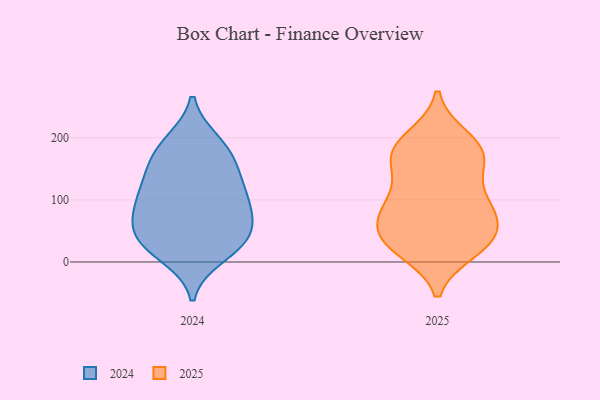
{"axis": {"x": "Operating Costs (USD K)", "y": "Value"}, "legend": ["2024", "2025"], "data": [{"x": "", "y": 76, "type": "2025"}, {"x": "", "y": 82, "type": "2025"}, {"x": "", "y": 158, "type": "2025"}, {"x": "", "y": 53, "type": "2025"}, {"x": "", "y": 182, "type": "2025"}, {"x": "", "y": 93, "type": "2025"}, {"x": "", "y": 38, "type": "2025"}, {"x": "", "y": 23, "type": "2025"}, {"x": "", "y": 102, "type": "2025"}, {"x": "", "y": 200, "type": "2025"}, {"x": "", "y": 19, "type": "2025"}, {"x": "", "y": 192, "type": "2025"}, {"x": "", "y": 32, "type": "2025"}, {"x": "", "y": 172, "type": "2025"}, {"x": "", "y": 151, "type": "2025"}, {"x": "", "y": 62, "type": "2025"}, {"x": "", "y": 102, "type": "2025"}, {"x": "", "y": 28, "type": "2025"}, {"x": "", "y": 172, "type": "2025"}, {"x": "", "y": 23, "type": "2024"}, {"x": "", "y": 10, "type": "2024"}, {"x": "", "y": 139, "type": "2024"}, {"x": "", "y": 162, "type": "2024"}, {"x": "", "y": 194, "type": "2024"}, {"x": "", "y": 35, "type": "2024"}, {"x": "", "y": 114, "type": "2024"}, {"x": "", "y": 52, "type": "2024"}, {"x": "", "y": 100, "type": "2024"}, {"x": "", "y": 31, "type": "2024"}, {"x": "", "y": 191, "type": "2024"}, {"x": "", "y": 89, "type": "2024"}, {"x": "", "y": 75, "type": "2024"}, {"x": "", "y": 168, "type": "2024"}, {"x": "", "y": 127, "type": "2024"}, {"x": "", "y": 81, "type": "2024"}, {"x": "", "y": 45, "type": "2024"}]}